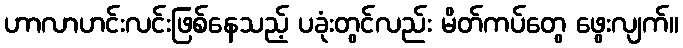
ဟာလာဟင်းလင်းဖြစ်နေသည့် ပခုံးတွင်လည်း မိတ်ကပ်တွေ ဖွေးလျက်။